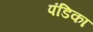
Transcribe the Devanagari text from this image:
पंडिका